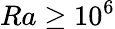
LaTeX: Ra\ge 10^{6}